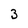
Character: 3